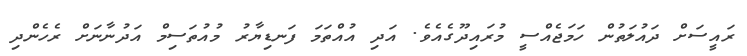
ރައީސަށް ދައުލަތުން ހަމަޖެއްސީ މުރައިދޫގެއެވެ. އަދި އުއްތަމަ ފަނޑިޔާރު މުއުތަސިމް އަދުނާނަށް ރެހެންދި